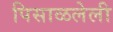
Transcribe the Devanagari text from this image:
पिसाळलेली